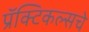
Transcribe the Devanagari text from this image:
प्रॅक्टिकल्सचे